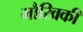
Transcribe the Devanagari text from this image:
मौखिकी